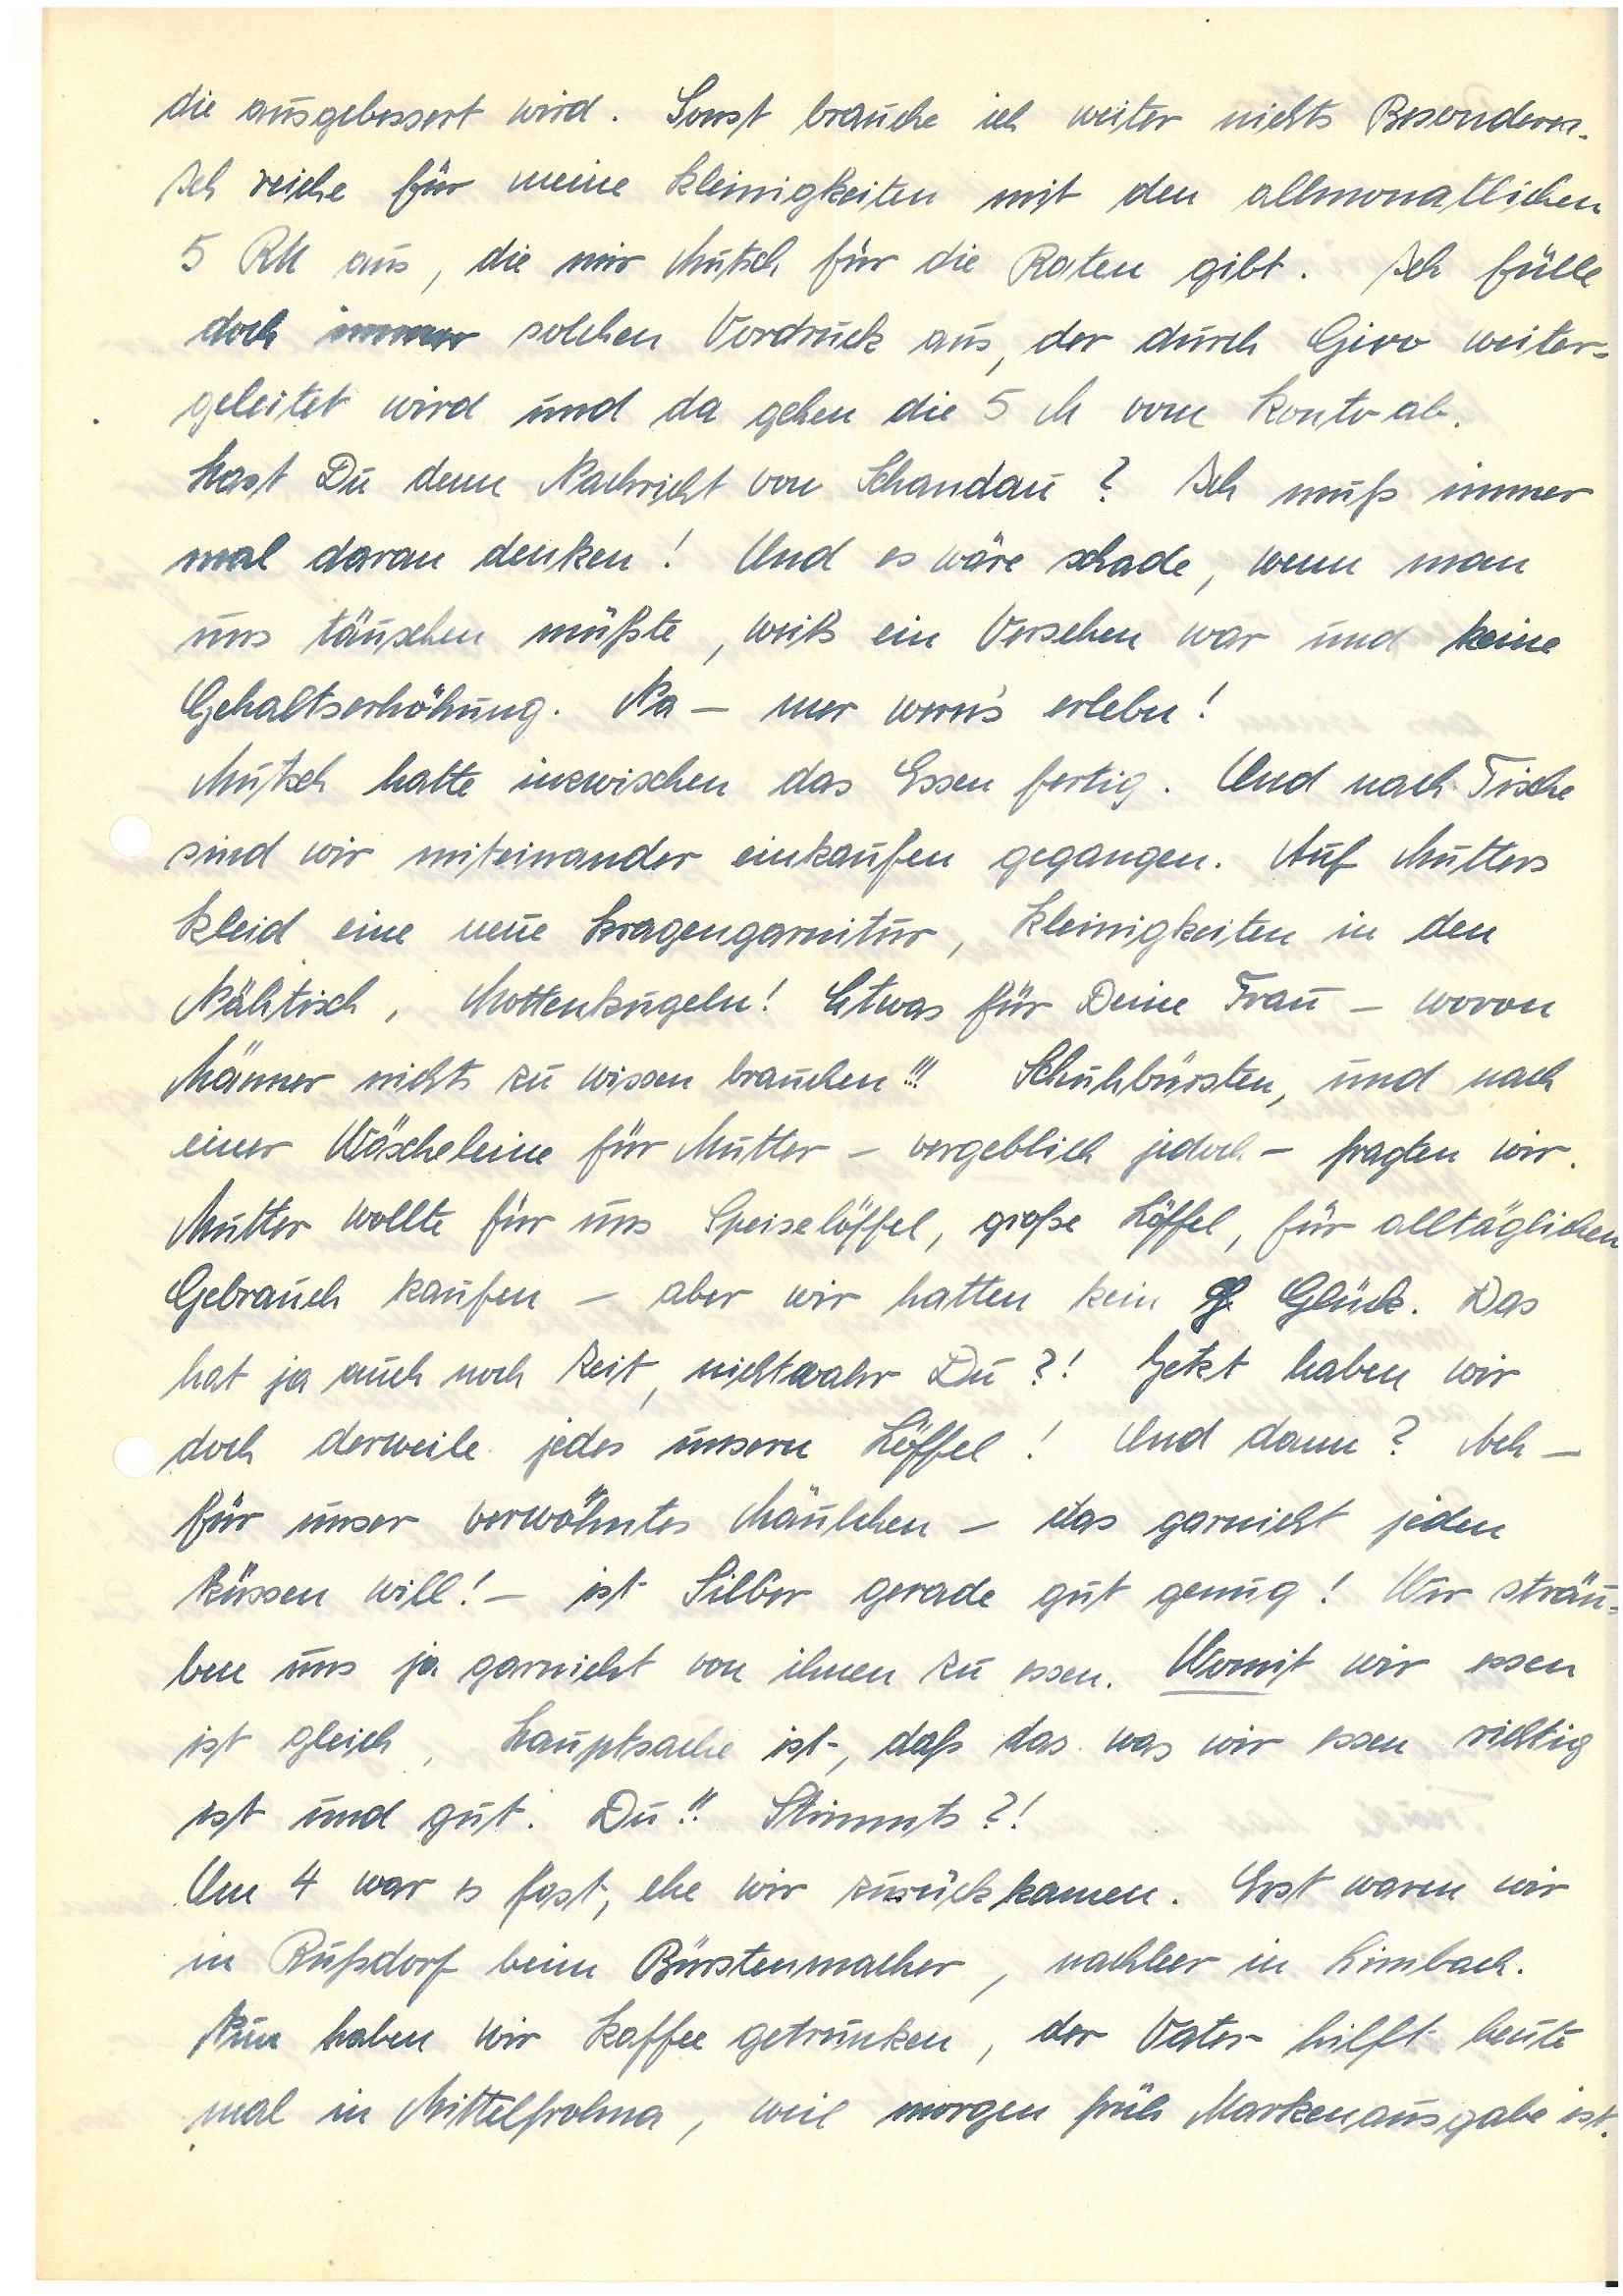
die ausgebessert wird. Sonst brauche ich weiter nichts Besonderes.
Ich reiche für meine Kleinigkeiten mit den allmonatlichen
5 RM aus, die mir Mutsch für die Boten gibt. Ich fülle
doch immer solchen Vordruck aus, der durch Giro weiter¬
geleitet wird und da gehen die 5 M vom Konto ab.
Hast Du denn Nachricht von Sch.? Ich muß immer
mal daran denken! Und es wäre schade, wenn man
uns täuschen müßte, weils ein Versehen war und keine
Gehaltserhöhung. Na – mer wern’s erlebn!
Mutsch hatte inzwischen das Essen fertig. Und nach Tische
sind wir miteinander einkaufen gegangen. Auf Mutters
Kleid eine neue Kragengarnitur, Kleinigkeiten in den
Nähtisch, Mottenkugeln! Etwas für Deine Frau – wovon
Männer nichts zu wissen brauchen!!! Schuhbürsten, und nach
einer Wäscheleine für Mutter – vergeblich jedoch – fragten wir.
Mutter wollte für uns Speiselöffel, große Löffel, für alltäglichen
Gebrauch kaufen – aber wir hatten kein g Glück. Das
hat ja auch noch Zeit, nichtwahr Du?! Jetzt haben wir
doch derweile jedes unsern Löffel! Und dann? Ach –
für unser verwöhntes Mäulchen – das garnicht jeden
küssen will! – ist Silber gerade gut genug! Wir sträu¬
ben uns ja garnicht von ihnen zu essen. Womit wir essen
ist gleich, Hauptsache ist -, daß das was wir essen richtig
ist und gut. Du!! Stimmts?!
Um 4 war es fast, ehe wir zurückkamen. Erst waren wir
in R. beim Bürstenmacher, nachher in L.
Nun haben wir Kaffee getrunken, der Vater hilft heute
mal in M., weil morgen früh Markenausgabe ist.